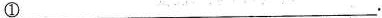
①___.